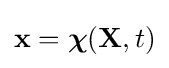
\mathbf {x} ={\boldsymbol {\chi }}(\mathbf {X} ,t)